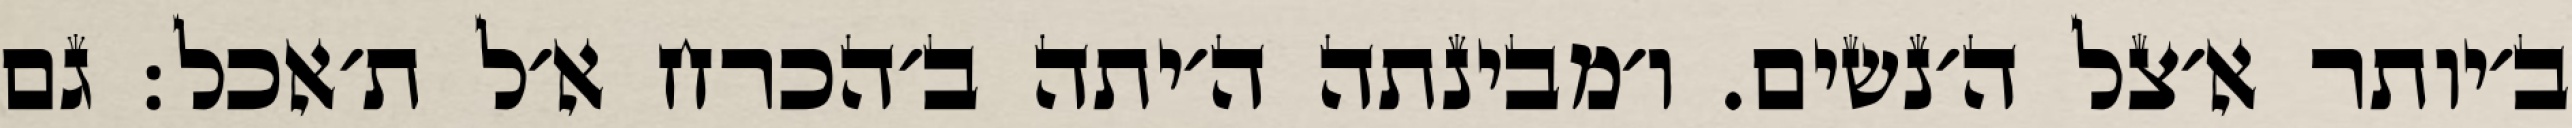
ב׳יותר א׳צל ה׳נשים. ו׳מבינתה ה׳יתה ב׳הכרח א׳ל ת׳אכל: גם